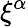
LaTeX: \xi^{\alpha}